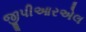
જીપીઆરએલ